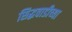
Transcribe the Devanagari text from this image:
सिद्धवाडीच्या